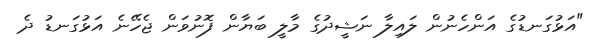
"އަޅުގަނޑުގެ އަންހެނުން ލައިލާ ނަޝީދުގެ މާލީ ބަޔާން ފޮނުވަން ޖެހޭނެ އަޅުގަނޑު ދެ